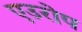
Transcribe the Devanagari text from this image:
एउरोप